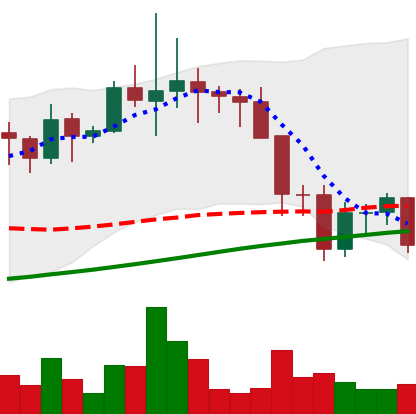
Ticker: LINK-USD
Chart end date: 2021-11-22
Forward return: -9.882%
Label: down_7plus